Annual statistical returns and brief notes on vaccination in Bengal - 1909-1929
Year: 1909
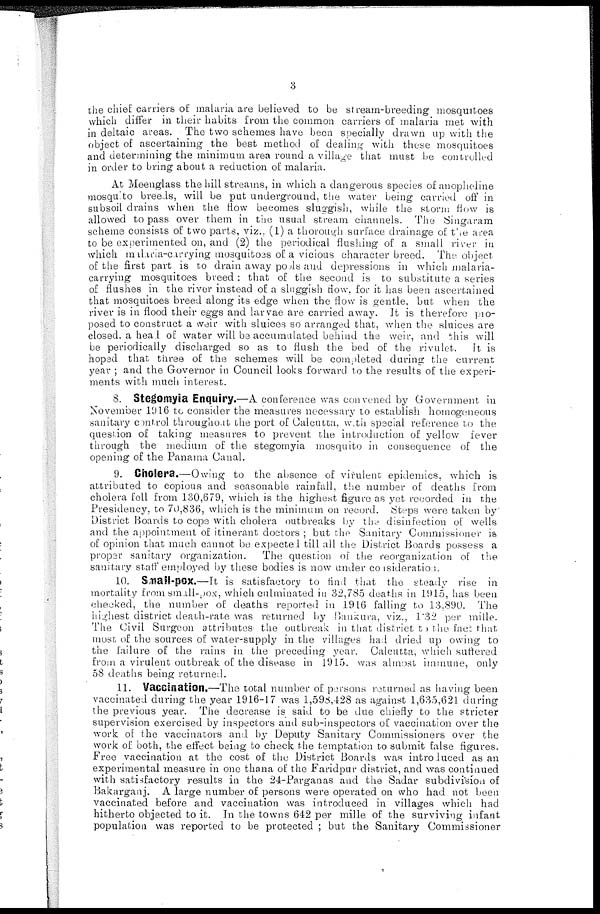
3
the chief carriers of malaria are believed to be stream-breeding mosquitoes
which differ in their habits from the common carriers of malaria met with
in deltaic areas. The two schemes have been specially drawn up with the
object of ascertaining the best method of dealing with these mosquitoes
and determining the minimum area round a village that must be controlled
in order to bring about a reduction of malaria.
At Meenglass the hill streams, in which a dangerous species of anopheline
mosquito breeds, will be put underground, the water being carried off in
subsoil drains when the flow becomes sluggish, while the storm flow is
allowed to pass over them in the usual stream channels. The Singaram
scheme consists of two parts, viz., (1) a thorough surface drainage of the area
to be experimented on, and (2) the periodical flushing of a small river in
which malaria-carrying mosquitoes of a vicious character breed. The object
of the first part is to drain away pools and depressions in which malaria-
carrying mosquitoes breed: that of the second is to substitute a series
of flushes in the river instead of a sluggish flow, for it has been ascertained
that mosquitoes breed along its edge when the flow is gentle, but when the
river is in flood their eggs and larvae are carried away. It is therefore pro¬
posed to construct a weir with sluices so arranged that, when the sluices are
closed. a head of water will be accumulated behind the weir, and this will
be periodically discharged so as to flush the bed of the rivulet.
It is
hoped that three of the schemes will be completed during the current
year ; and the Governor in Council looks forward to the results of the experi-
ments with much interest.
8. Stegomyia Enquiry.—A conference was convened by Government in
November 1916 to consider the measures necessary to establish homogeneous
sanitary control throughout the port of Calcutta, with special reference to the
question of taking measures to prevent the introduction of yellow fever
through the medium of the stegomyia mosquito in consequence of the
opening of the Panama Canal.
9. Cholera.—Owing to the absence of virulent epidemics, which is
attributed to copious and seasonable rainfall, the number of deaths from
cholera fell from 130,679, which is the highest figure as yet recorded in the
Presidency, to 70,836, which is the minimum on record. Steps were taken by
District Boards to cope with cholera outbreaks by the disinfection of wells
and the appointment of itinerant doctors ; but the Sanitary Commissioner is
of opinion that much cannot be expected till all the District Boards possess a
proper sanitary organization.
The question of the reorganization of the
sanitary staff employed by these bodies is now under consideration.
10. Small-pox.—It is satisfactory to find that the steady rise in
mortality from small-pox, which culminated in 32,785 deaths in 1915, has been
checked, the number of deaths reported in 1916 falling to 13,890. The
highest district death-rate was returned by Bankura, viz., 1.32 per mille.
The Civil Surgeon attributes the outbreak in that district to the fact that
most of the sources of water-supply in the villages had dried up owing to
the failure of the rains in the preceding year. Calcutta, which suffered
from a virulent outbreak of the disease in 1915. was almost immune, only
58 deaths being returned.
11. Vaccination,—The total number of persons returned as having been
vaccinated during the year 1916-17 was 1,598,428 as against 1,635,621 during
the previous year. The decrease is said to be due chiefly to the stricter
supervision exercised by inspectors and sub-inspectors of vaccination over the
work of the vaccinators and by Deputy Sanitary Commissioners over the
work of both, the effect being to check the temptation to submit false figures.
Free vaccination at the cost of the District Boards was introduced as an
experimental measure in one thana of the Faridpur district, and was continued
with satisfactory results in the 24-Parganas and the Sadar subdivision of
Bakarganj. A large number of persons were operated on who had not been
vaccinated before and vaccination was introduced in villages which had
hitherto objected to it. In the towns 642 per mille of the surviving infant
population was reported to be protected ; but the Sanitary Commissioner